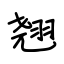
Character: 翘